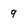
Character: 9